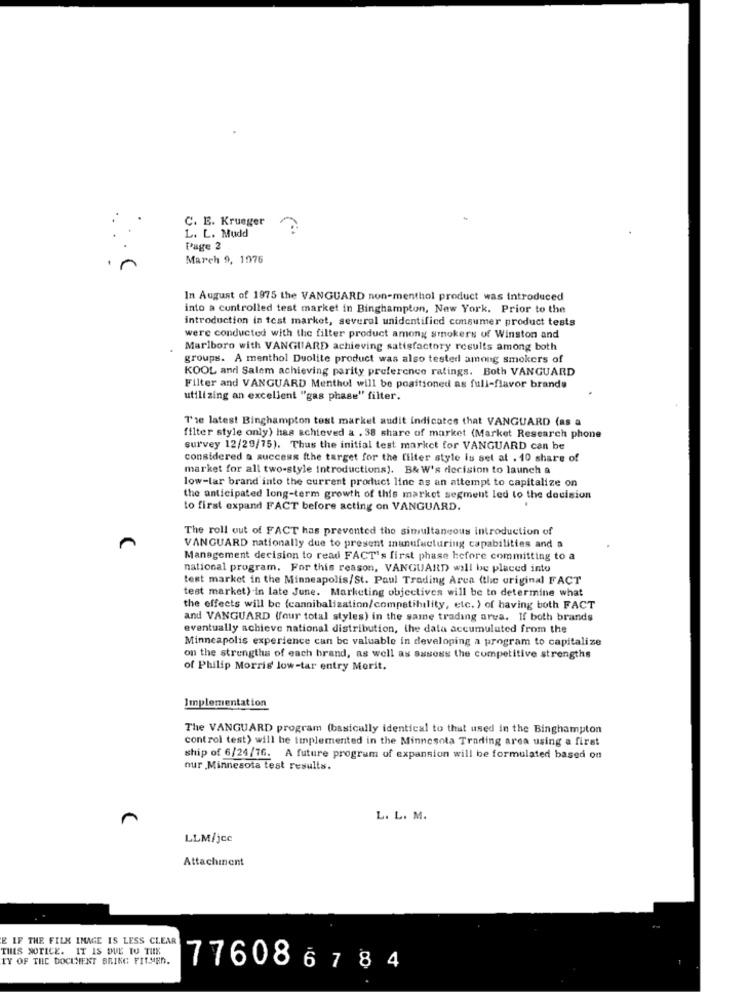
C. E. Krueger
L. L. Mudd
Page 2
March 9, 1976
In August of 1975 the VANGUARD non-menthol product was introduced
into a controlled test market in Binghampton, New York. Prior to the
introduction in test market, several unidentified consumer product tests
were conducted with the filter product among smokers of Winston and
Marlboro with VANGUARD achieving satisfactory results among both
groups. A menthol Duolite product was also tested among smokers of
KOOL and Salem achieving parity preference ratings. Both VANGUARD
Filter and VANGUARD Menthol will be positioned as full-flavor brands
utilizing an excellent "gas phase" filter.
T'se latest Binghampton tost market audit indicates that VANGUARD (as a
filter style only) has achieved a . 38 share of market (Market Research phone
survey 12/29/75). Thus the initial test market for VANGUARD can be
considered a success fthe target for the filter style is sel al . 10 share of
market for all two-style introductions). B& W's decision to launch a
low-lar brand into the current product line as an attempt to capitalize on
the anticipated long-term growth of this market segment led to the decision
to first expand FACT before acting on VANGUARD.
The roll out of FACT has prevented the simultaneous introduction of
VANGUARD nationally due to present manufacturing capabilities and a
Management decision to read FACT's first phase before committing to a
national program. For this reason, VANGUARD will be placed into
test market in the Minneapolis/St. Paul Trading Arca (the original FACT
test market) in late June. Marketing objectives will be to determine what
the effects will be (cannibalization/compatibility, etc. ) of having both FACT
and VANGUARD (four total styles) in the same trading area. If both brands
eventually achieve national distribution, the data accumulated from the
Minneapolis experience can be valuable in developing a program to capitalize
on the strengths of each brand, as well as assess the competitive strengths
of Philip Morris low-tar entry Morit.
Implementation
The VANGUARD program (basically identical to that used in the Binghampton
control test) will be Implemented in the Minnesota Trading area using a first
ship of 6/24/76. A future program of expansion will be formulated based on
our Minnesota test results.
L. L. M.
LLM/jcc
Attachment
E IF THE FILM IMAGE IS LESS CLEAR
THIS NOTICE. IT IS DUE TO THE
TY OF THE DOCUMENT BRING FILMEN.
776086784